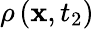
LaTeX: \rho\left(\mathbf{x},t_{2}\right)